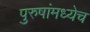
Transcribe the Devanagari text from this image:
पुरुषांमध्येच